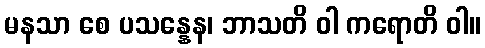
မနသာ စေ ပသန္နေန၊ ဘာသတိ ဝါ ကရောတိ ဝါ။